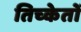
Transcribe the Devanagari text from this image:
तिच्केतों